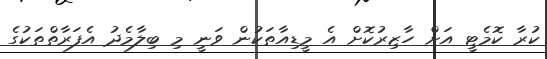
ކުރާ ކޮމެޓީ އަށް ހާޒިރުކޮށް އެ މީޑިއާތަކުން ވަނީ މި ބިލާމެދު އެފަރާތްތަކުގެ